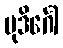
မုဒိင်္ဂေါ